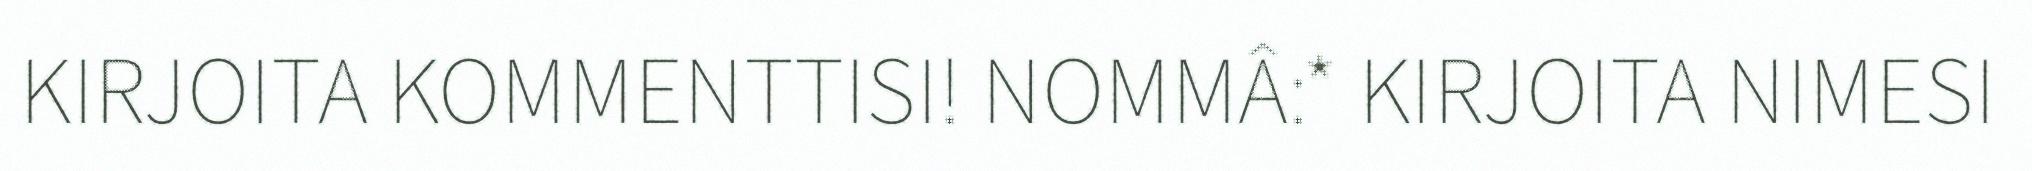
KIRJOITA KOMMENTTISI! NOMMÂ:* KIRJOITA NIMESI